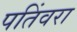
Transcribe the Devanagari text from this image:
पतिंवरा